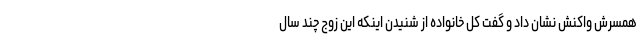
همسرش واکنش نشان داد و گفت کل خانواده از شنیدن اینکه این زوج چند سال